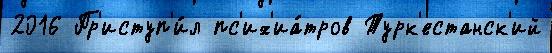
2016 Пр'иступ'и́л пс'их'иа́тров Турк'естанск'ий